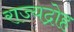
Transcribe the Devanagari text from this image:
राज्यद्रोह